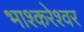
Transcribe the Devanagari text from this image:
भाश्करेश्वर